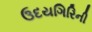
ઉદયગિરિની